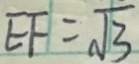
E F = \sqrt { 3 }